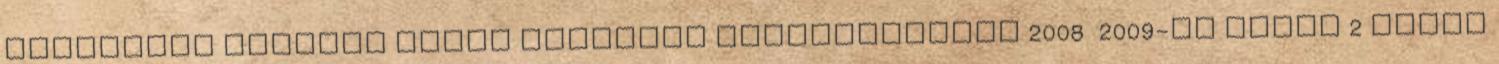
FŐISKOLAI NYITOTT NAPOK IDŐRENDI ÖSSZEÁLLÍTÁSA 2008 2009-es tanév 2 MÉREI